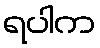
ရပါက